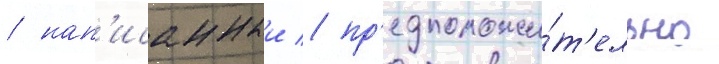
/ нап'исанныи / пр'едположи́т'ельно